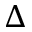
\Delta